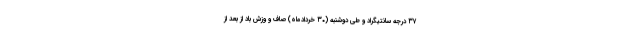
۳۷ درجه سانتیگراد و طی دوشنبه (۳۰ خردادماه) صاف و وزش باد از بعد از